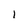
Character: 1